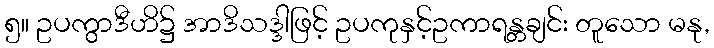
၅။ ဥပကွာဒီဟိ၌ အာဒိသဒ္ဒါဖြင့် ဥပကုနှင့်ဥကာရန္တချင်း တူသော မနု,